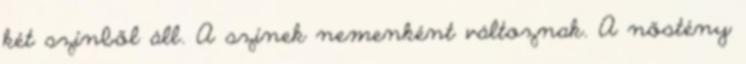
két színből áll. A színek nemenként változnak. A nőstény